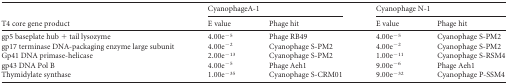
<table><thead><tr><td rowspan="2"><b>T4 core gene product</b></td><td colspan="2"><b>CyanophageA-1</b></td><td colspan="2"><b>Cyanophage N-1</b></td></tr><tr><td><b>E value</b></td><td><b>Phage hit</b></td><td><b>E value</b></td><td><b>Phage hit</b></td></tr></thead><tbody><tr><td>gp5 baseplate hub + tail lysozyme</td><td>4.00e<sup>−5</sup></td><td>Phage RB49</td><td>4.00e<sup>−5</sup></td><td>Cyanophage S-PM2</td></tr><tr><td>gp17 terminase DNA-packaging enzyme large subunit</td><td>4.00e<sup>−2</sup></td><td>Cyanophage S-PM2</td><td>4.00e<sup>−2</sup></td><td>Cyanophage S-PM2</td></tr><tr><td>Gp41 DNA primase-helicase</td><td>2.00e<sup>−13</sup></td><td>Cyanophage S-PM2</td><td>1.00e<sup>−11</sup></td><td>Cyanophage S-RSM4</td></tr><tr><td>gp43 DNA Pol B</td><td>4.00e<sup>−5</sup></td><td>Phage Aeh1</td><td>9.00e<sup>−6</sup></td><td>Phage Aeh1</td></tr><tr><td>Thymidylate synthase</td><td>1.00e<sup>−35</sup></td><td>Cyanophage S-CRM01</td><td>9.00e<sup>−32</sup></td><td>Cyanophage P-SSM4</td></tr></tbody></table>